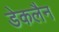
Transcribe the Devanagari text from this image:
डेकलैन